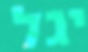
יגל